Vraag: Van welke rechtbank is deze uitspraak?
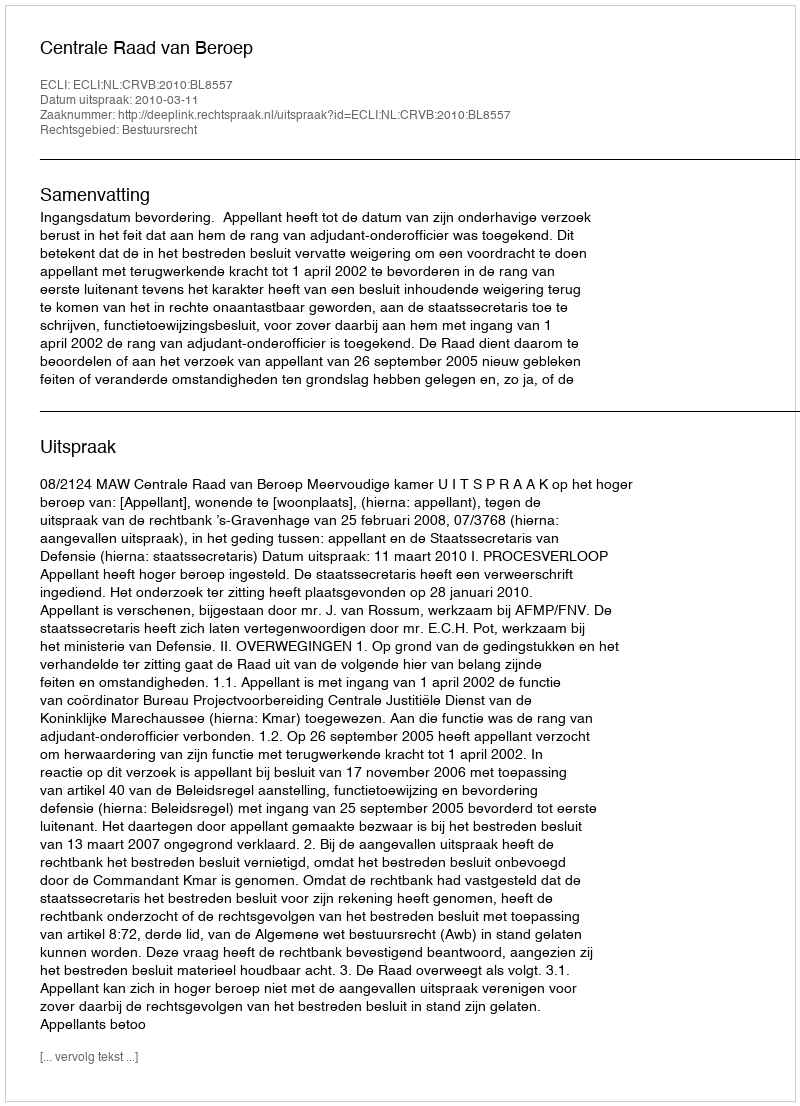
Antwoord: Centrale Raad van Beroep